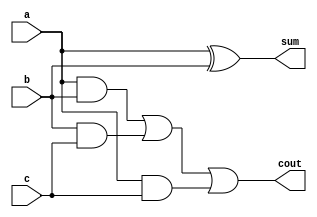
module FA_gate(a,b,c,sum,cout);
input a,b,c;
output sum,cout;
wire w1,c1,c2,c3,out1;

xor x1(w1,a,b);
xor x2(sum,a,b);

and a1(c1,a,b);
and a2(c2,b,c);
and a3(c3,a,c);

or  o1(out1,c1,c2);
or  o2(cout,out1,c3);

endmodule